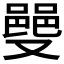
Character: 𫩌